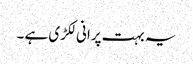
یہ بہت پرانی لکڑی ہے ۔